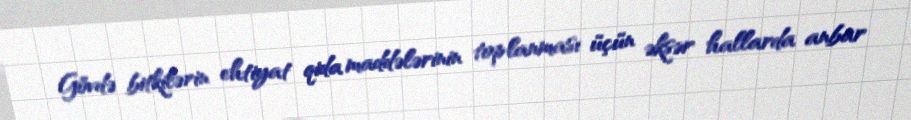
Gövdə bitkilərin ehtiyat qida maddələrinin toplanması üçün əksər hallarda anbar